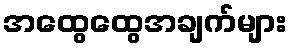
အထွေထွေအချက်များ